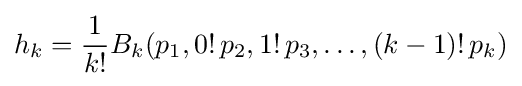
h_{k}={\frac {1}{k!}}B_{k}(p_{1},0!\,p_{2},1!\,p_{3},\ldots ,(k-1)!\,p_{k})